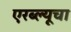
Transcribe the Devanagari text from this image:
एरब्ल्यूचा